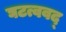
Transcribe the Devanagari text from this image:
घटत्ववद्